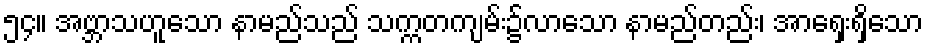
၅၄။ အဗ္ဘာသဟူသော နာမည်သည် သက္ကတကျမ်း၌လာသော နာမည်တည်း၊ အာရှေးရှိသော